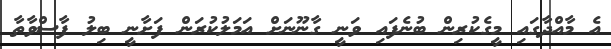
އެ މާއްދާގައި މީގެކުރިން ބުނެފައި ވަނީ ގާނޫނަށް އަމަލުކުރަން ފަށާނީ ބިލު ފާސްވާތާ